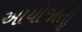
આયોજાતીૢ